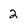
Character: 2